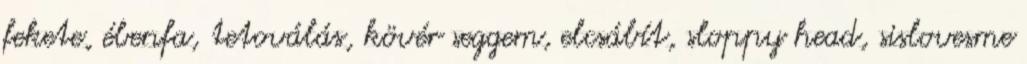
fekete, ébenfa, tetoválás, kövér seggem, elcsábít, sloppy head, sislovesme